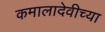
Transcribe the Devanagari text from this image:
कमालादेवीच्या